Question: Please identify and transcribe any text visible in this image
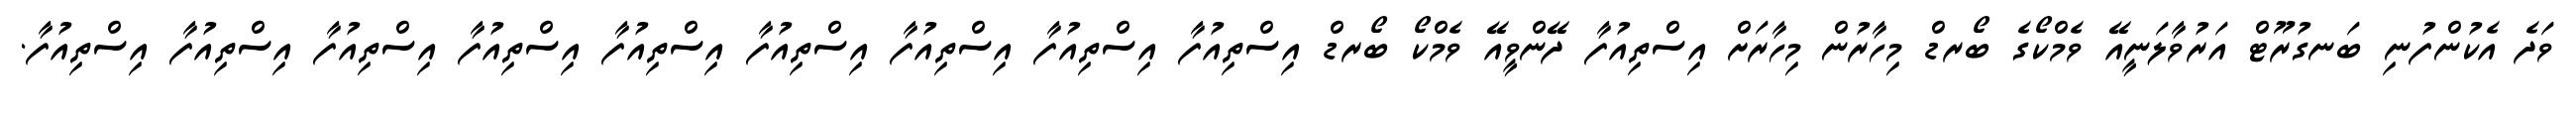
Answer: ވަދެ އެކުންފުނި ބަނގުރޫޓް އަރުވާލަނީއޭ ވެމްކޯގެ ބޯރޑް މިހާރުން މިހާރަށް އިސްތިއުފާ ދޭންވީއޭ ވެމްކޯ ބޯރޑް އިސްތިއުފާ އިސްތިއުފާ އިސްތިއުފާ އިސްތިއުފާ އިސްތިއުފާ އިސްތިއުފާ އިސްތިއުފާ އިސްތިއުފާ އިސްތިއުފާ.